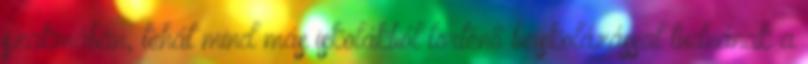
szakmában, tehát mind más iskolákból történő beiskolázással tudnának a